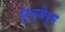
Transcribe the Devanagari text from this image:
थुन्बेर्ग